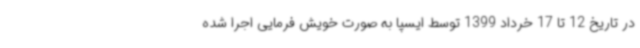
در تاریخ 12 تا 17 خرداد 1399 توسط ایسپا به صورت خویش فرمایی اجرا شده